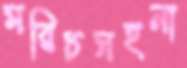
মরিচসহনা